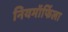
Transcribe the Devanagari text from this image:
नियमॉर्फिला